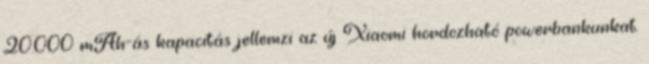
20.000 mAh-ás kapacitás jellemzi az új Xiaomi hordozható powerbankunkat.